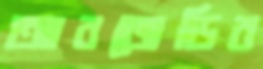
আরজেডির